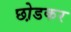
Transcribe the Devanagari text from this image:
छो़डकर